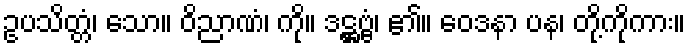
ဥပသိတ္တံ၊ သော။ ဝိညာဏံ၊ ကို။ ဒဋ္ဌဗ္ဗံ၊ ၏။ ဝေဒနာ ပန၊ တို့ကိုကား။